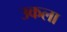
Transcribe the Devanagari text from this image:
उकला